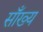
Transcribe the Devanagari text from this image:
साँख्य